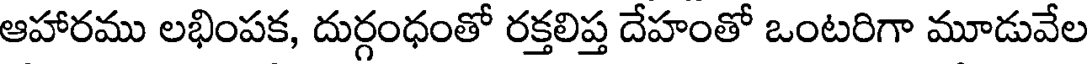
ఆహారము లభింపక, దుర్గంధంతో రక్తలిప్త దేహంతో ఒంటరిగా మూడువేల